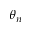
\theta _ { n }